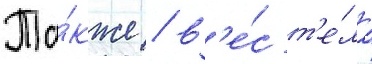
Та́кже / в'е́с т'е́ла